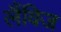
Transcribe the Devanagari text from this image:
लैंविज